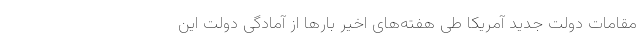
مقامات دولت جدید آمریکا طی هفته‌های اخیر بارها از آمادگی دولت این